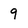
Character: 9